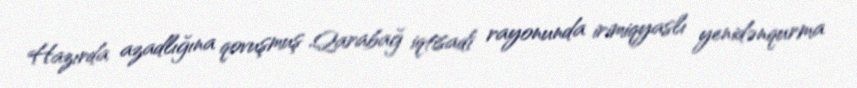
Hazırda azadlığına qovuşmuş Qarabağ iqtisadi rayonunda irimiqyaslı yenidənqurma